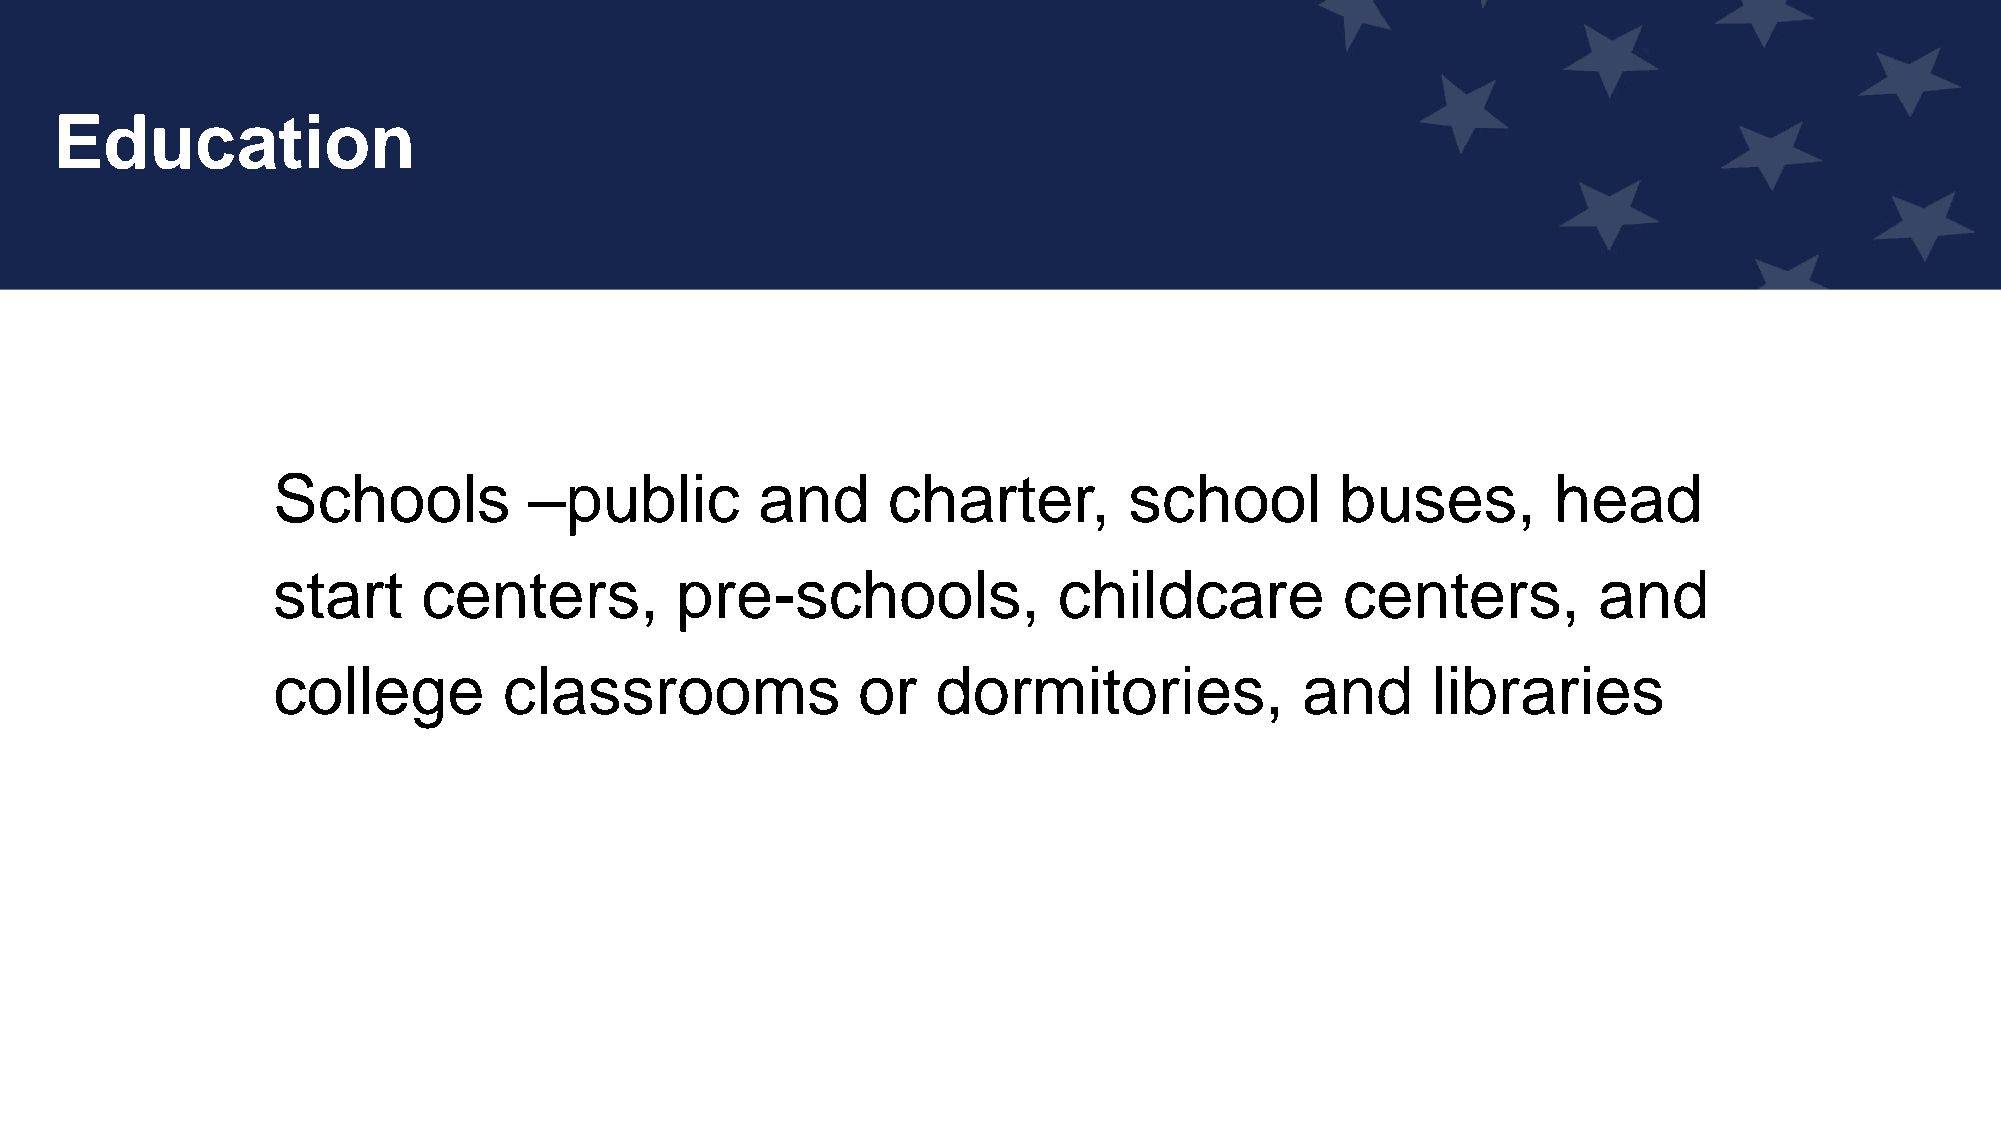
Education
 Schools          –public        and      charter,        school        buses,        head
 start     centers,         pre-schools,             childcare          centers,         and
 college        classrooms              or   dormitories,            and      libraries